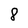
Character: 8